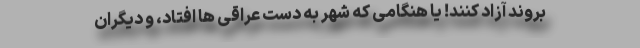
بروند آزاد کنند! یا هنگامی که شهر به دست عراقی ها افتاد، و دیگران